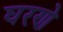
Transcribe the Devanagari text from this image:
घरणे